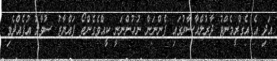
އަދި އެ އެގްރީމެންޓު ދާރުލްއާސާރުގައި ފެންނަން ނުހުންނަނީ ކީއްވެގެންތޯ ފައްޔާޒު ސުވާލު އުފެއްދެވި